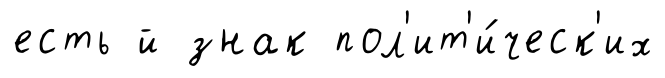
есть й знак пол'ит'и́ческ'их